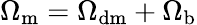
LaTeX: \Omega_{\mathrm{m}}=\Omega_{\mathrm{dm}}+\Omega_{\mathrm{b}}